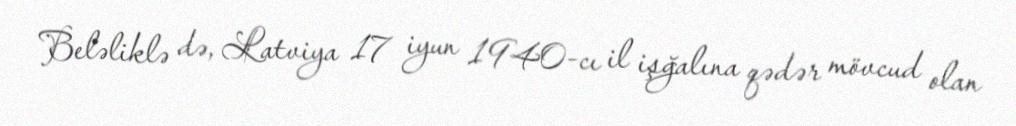
Beləliklə də, Latviya 17 iyun 1940-cı il işğalına qədər mövcud olan